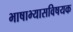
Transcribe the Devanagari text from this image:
भाषाभ्यासविषयक